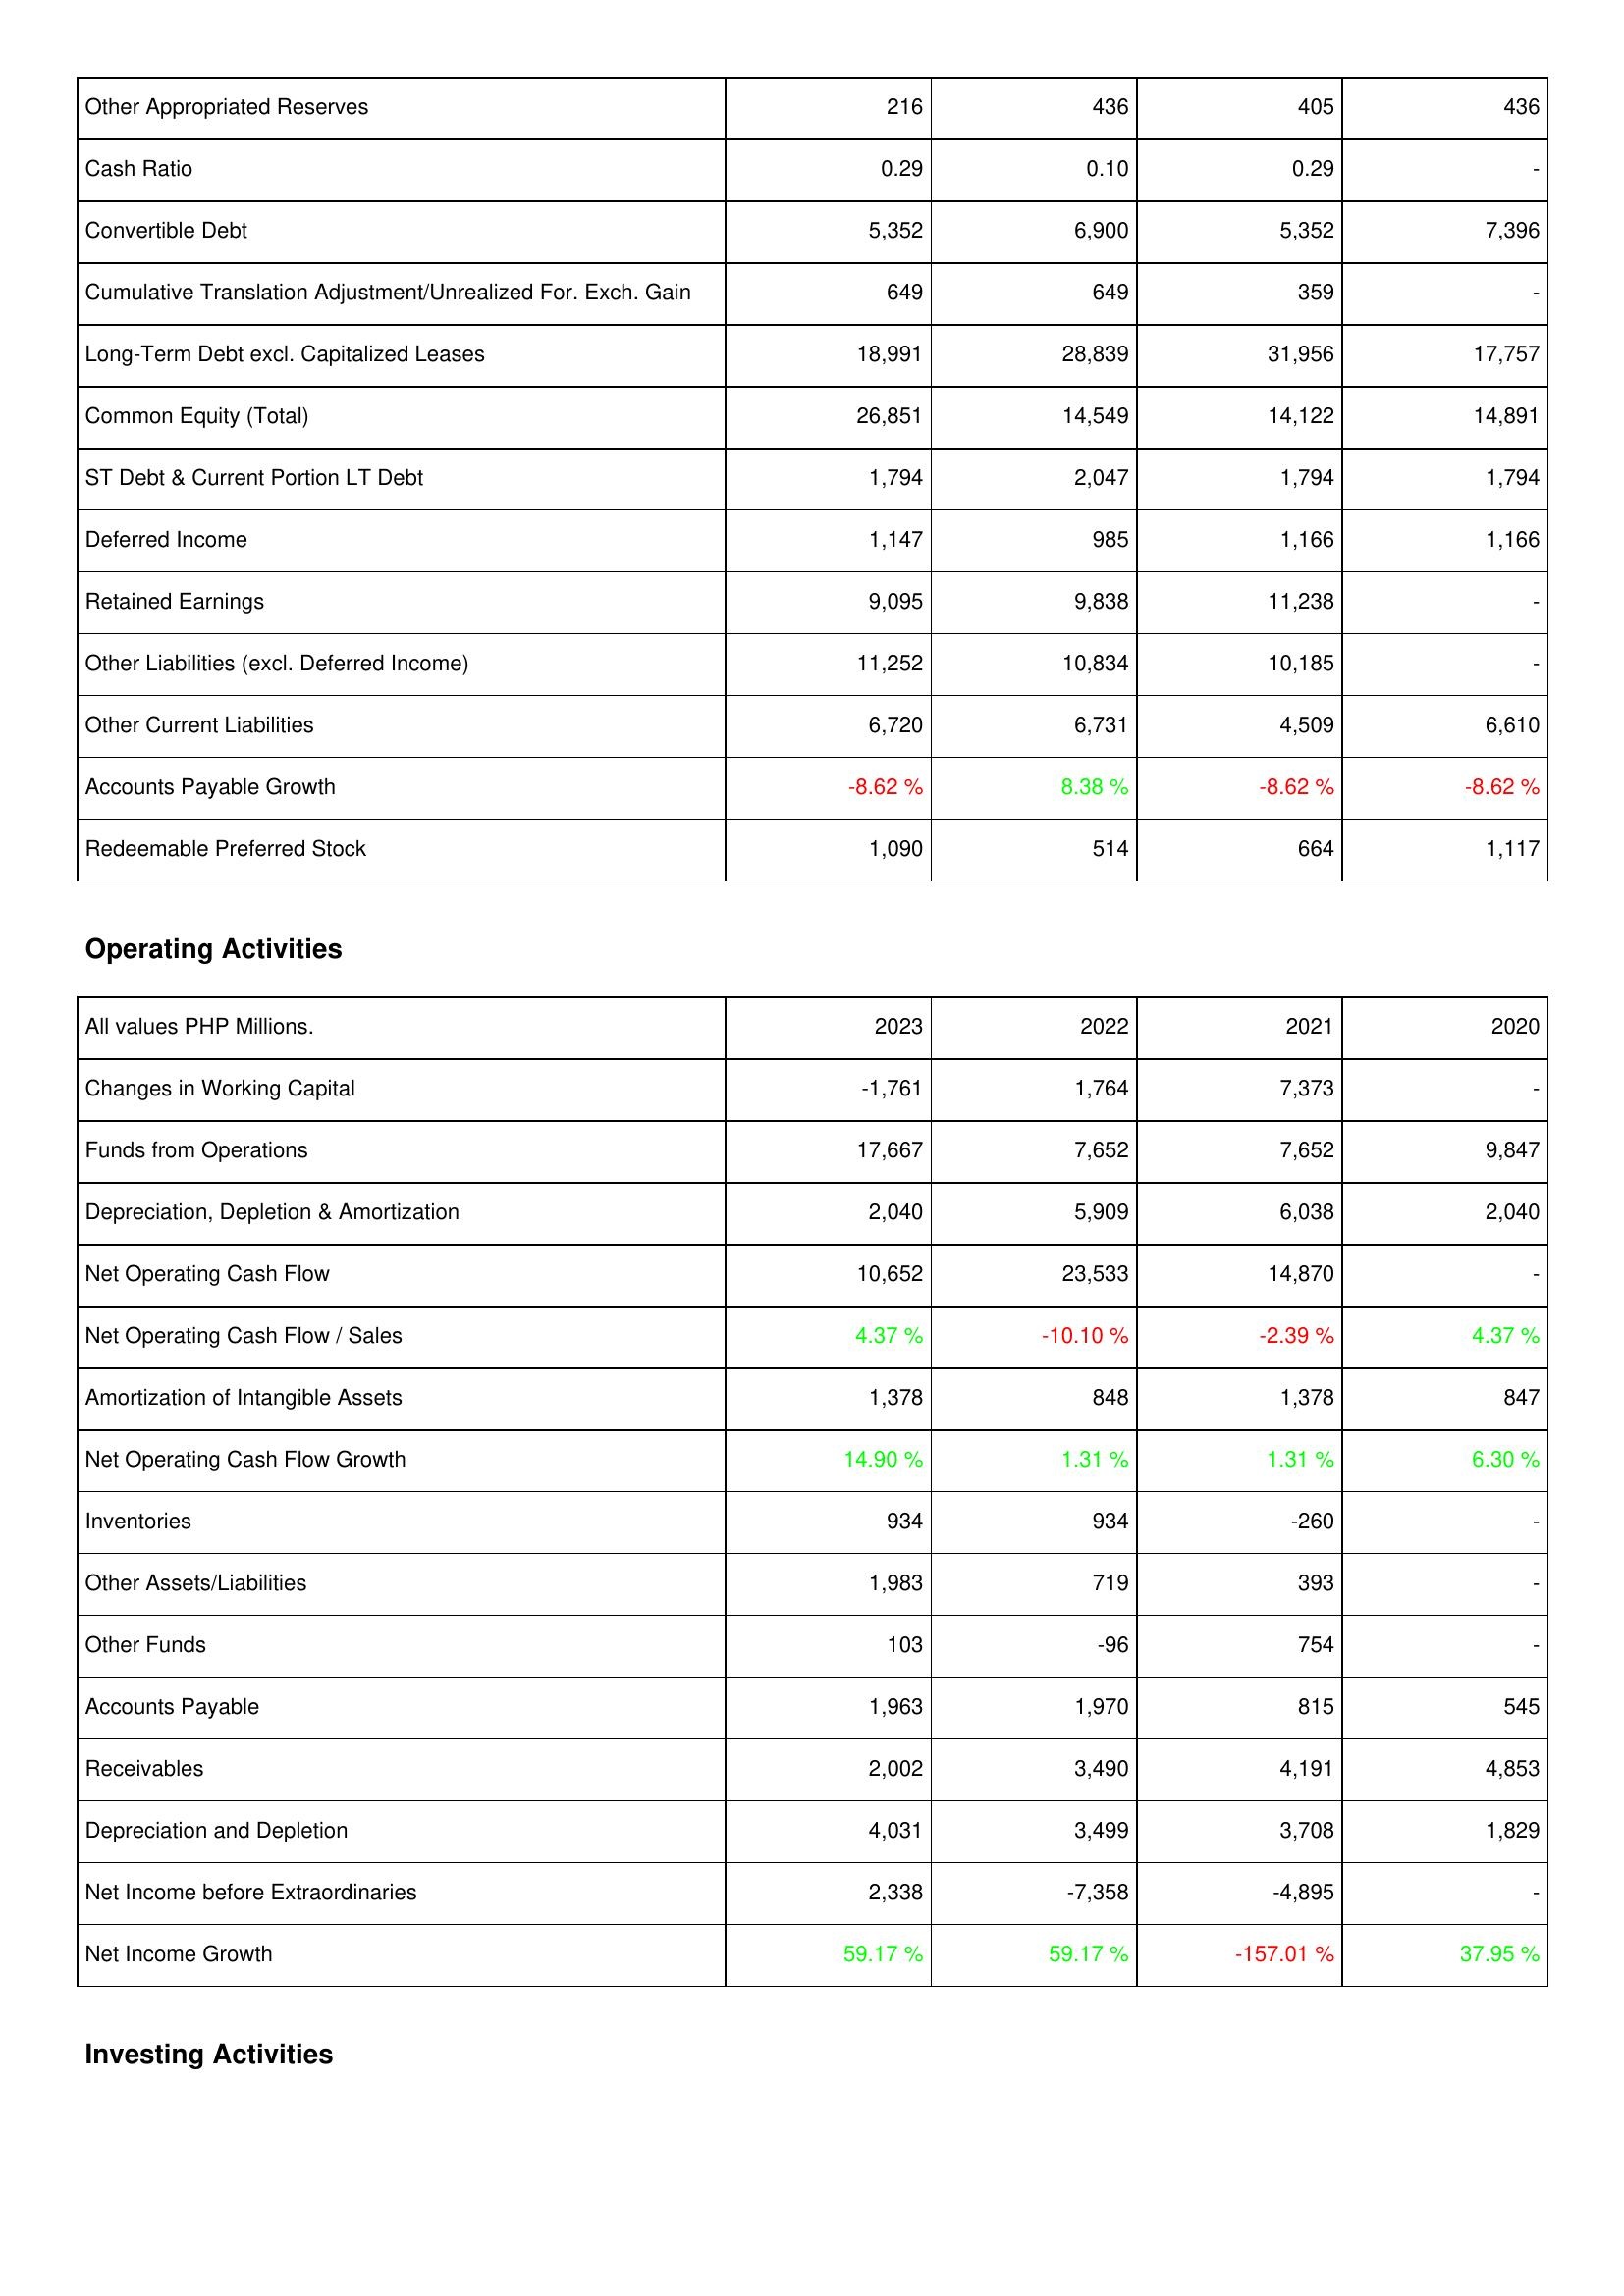
2023: Liabilities & Shareholders' Equity: Other Appropriated Reserves: 216
Cash Ratio: 0.29
Convertible Debt: 5,352
Cumulative Translation Adjustment/Unrealized For. Exch. Gain: 649
Long-Term Debt excl. Capitalized Leases: 18,991
Common Equity (Total): 26,851
ST Debt & Current Portion LT Debt: 1,794
Deferred Income: 1,147
Retained Earnings: 9,095
Other Liabilities (excl. Deferred Income): 11,252
Other Current Liabilities: 6,720
Accounts Payable Growth: -8.62 %
Redeemable Preferred Stock: 1,090
Operating Activities: Changes in Working Capital: -1,761
Funds from Operations: 17,667
Depreciation, Depletion & Amortization: 2,040
Net Operating Cash Flow: 10,652
Net Operating Cash Flow / Sales: 4.37 %
Amortization of Intangible Assets: 1,378
Net Operating Cash Flow Growth: 14.90 %
Inventories: 934
Other Assets/Liabilities: 1,983
Other Funds: 103
Accounts Payable: 1,963
Receivables: 2,002
Depreciation and Depletion: 4,031
Net Income before Extraordinaries: 2,338
Net Income Growth: 59.17 %
2022: Liabilities & Shareholders' Equity: Other Appropriated Reserves: 436
Cash Ratio: 0.10
Convertible Debt: 6,900
Cumulative Translation Adjustment/Unrealized For. Exch. Gain: 649
Long-Term Debt excl. Capitalized Leases: 28,839
Common Equity (Total): 14,549
ST Debt & Current Portion LT Debt: 2,047
Deferred Income: 985
Retained Earnings: 9,838
Other Liabilities (excl. Deferred Income): 10,834
Other Current Liabilities: 6,731
Accounts Payable Growth: 8.38 %
Redeemable Preferred Stock: 514
Operating Activities: Changes in Working Capital: 1,764
Funds from Operations: 7,652
Depreciation, Depletion & Amortization: 5,909
Net Operating Cash Flow: 23,533
Net Operating Cash Flow / Sales: -10.10 %
Amortization of Intangible Assets: 848
Net Operating Cash Flow Growth: 1.31 %
Inventories: 934
Other Assets/Liabilities: 719
Other Funds: -96
Accounts Payable: 1,970
Receivables: 3,490
Depreciation and Depletion: 3,499
Net Income before Extraordinaries: -7,358
Net Income Growth: 59.17 %
2021: Liabilities & Shareholders' Equity: Other Appropriated Reserves: 405
Cash Ratio: 0.29
Convertible Debt: 5,352
Cumulative Translation Adjustment/Unrealized For. Exch. Gain: 359
Long-Term Debt excl. Capitalized Leases: 31,956
Common Equity (Total): 14,122
ST Debt & Current Portion LT Debt: 1,794
Deferred Income: 1,166
Retained Earnings: 11,238
Other Liabilities (excl. Deferred Income): 10,185
Other Current Liabilities: 4,509
Accounts Payable Growth: -8.62 %
Redeemable Preferred Stock: 664
Operating Activities: Changes in Working Capital: 7,373
Funds from Operations: 7,652
Depreciation, Depletion & Amortization: 6,038
Net Operating Cash Flow: 14,870
Net Operating Cash Flow / Sales: -2.39 %
Amortization of Intangible Assets: 1,378
Net Operating Cash Flow Growth: 1.31 %
Inventories: -260
Other Assets/Liabilities: 393
Other Funds: 754
Accounts Payable: 815
Receivables: 4,191
Depreciation and Depletion: 3,708
Net Income before Extraordinaries: -4,895
Net Income Growth: -157.01 %
2020: Liabilities & Shareholders' Equity: Other Appropriated Reserves: 436
Cash Ratio: -
Convertible Debt: 7,396
Cumulative Translation Adjustment/Unrealized For. Exch. Gain: -
Long-Term Debt excl. Capitalized Leases: 17,757
Common Equity (Total): 14,891
ST Debt & Current Portion LT Debt: 1,794
Deferred Income: 1,166
Retained Earnings: -
Other Liabilities (excl. Deferred Income): -
Other Current Liabilities: 6,610
Accounts Payable Growth: -8.62 %
Redeemable Preferred Stock: 1,117
Operating Activities: Changes in Working Capital: -
Funds from Operations: 9,847
Depreciation, Depletion & Amortization: 2,040
Net Operating Cash Flow: -
Net Operating Cash Flow / Sales: 4.37 %
Amortization of Intangible Assets: 847
Net Operating Cash Flow Growth: 6.30 %
Inventories: -
Other Assets/Liabilities: -
Other Funds: -
Accounts Payable: 545
Receivables: 4,853
Depreciation and Depletion: 1,829
Net Income before Extraordinaries: -
Net Income Growth: 37.95 %